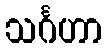
သင်္ဂဟာ